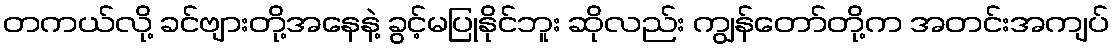
တကယ်လို့ ခင်ဗျားတို့အနေနဲ့ ခွင့်မပြုနိုင်ဘူး ဆိုလည်း ကျွန်တော်တို့က အတင်းအကျပ်